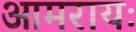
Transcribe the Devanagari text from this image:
आमरायः